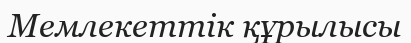
Мемлекеттік құрылысы